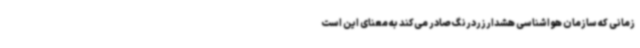
زمانی که سازمان هواشناسی هشدارزردرنگ صادر می‌کند به معنای این است